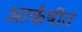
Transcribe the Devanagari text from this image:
आर्कषीत